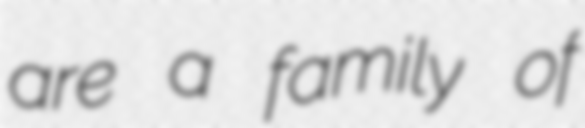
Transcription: are a family of